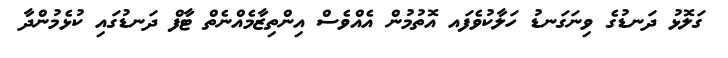
ގަލޮޅު ދަނޑުގެ ވިނަގަނޑު ހަލާކުވެފައ އޮތުމުން އެއްވެސް އިންތިޒާމެއްނެތް ޓާފް ދަނޑުގައި ކުޅެމުންދާ